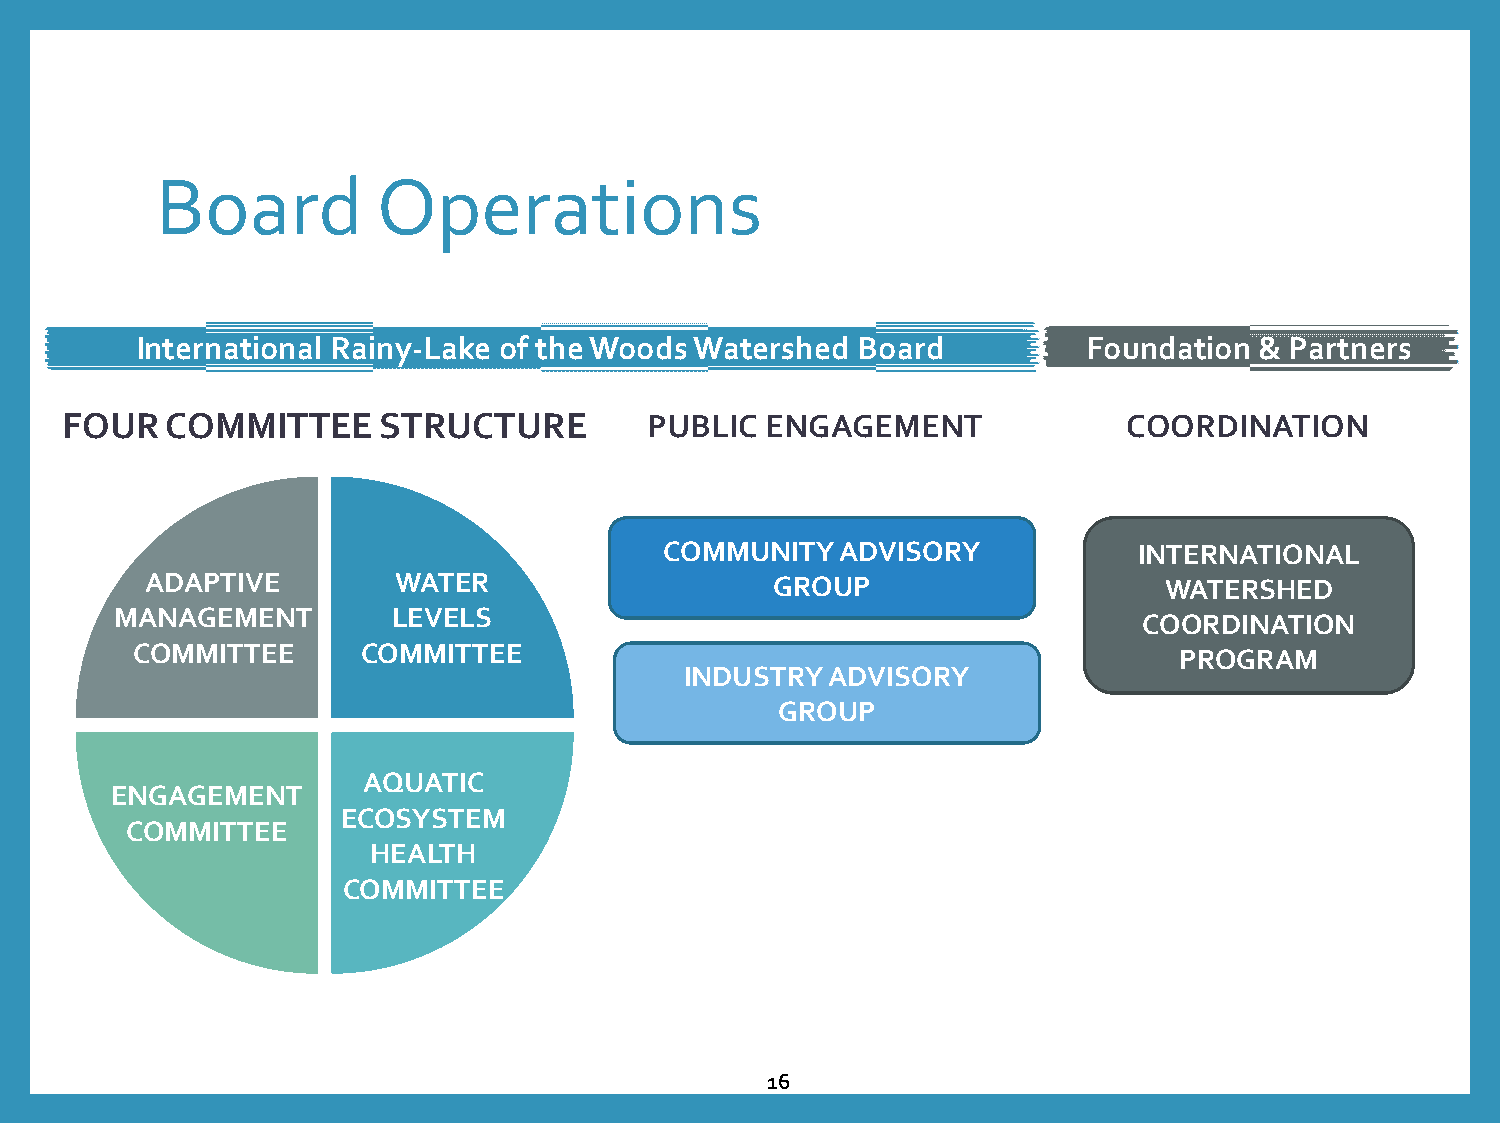
Board          Operations
 International Rainy-Lake of the Woods Watershed Board          Foundation & Partners
 FOUR   COMMITTEE     STRUCTURE         PUBLIC  ENGAGEMENT              COORDINATION
 COMMUNITY   ADVISORY           INTERNATIONAL
 ADAPTIVE        WATER                    GROUP                     WATERSHED
 MANAGEMENT        LEVELS                                            COORDINATION
 COMMITTEE      COMMITTEE                                             PROGRAM
 INDUSTRY  ADVISORY
 GROUP
 AQUATIC
 ENGAGEMENT
 ECOSYSTEM
 COMMITTEE
 HEALTH
 COMMITTEE
 16